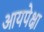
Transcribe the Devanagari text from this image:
आयपेक्षा